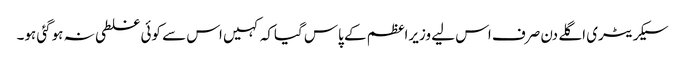
سیکریٹری اگلے دن صرف اس لیے وزیراعظم کے پاس گیاکہ کہیں اس سے کوئی غلطی نہ ہوگئی ہو۔